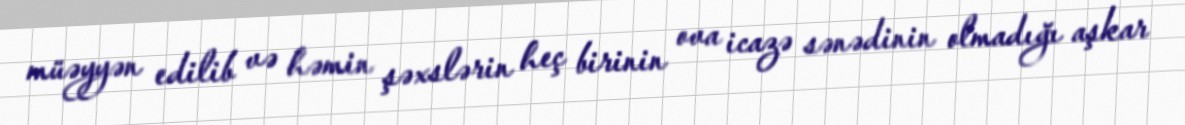
müəyyən edilib və həmin şəxslərin heç birinin ova icazə sənədinin olmadığı aşkar